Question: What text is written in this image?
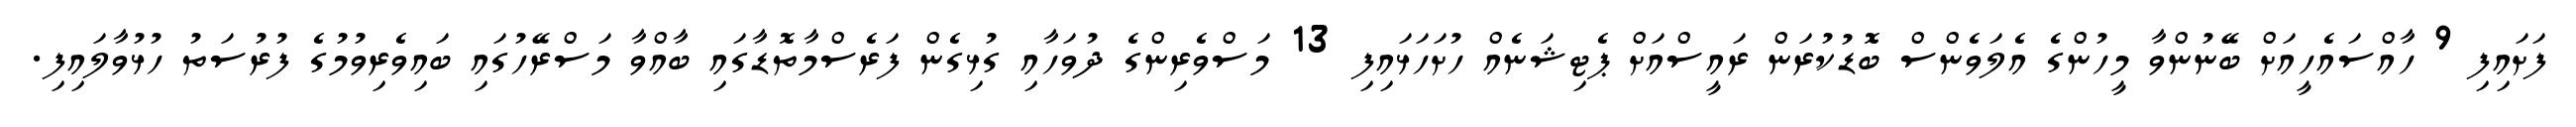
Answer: ފަށައިފި 9 ހާއްސައެހީއަށް ބޭނުންވާ މީހުންގެ އެލަވެންސް ބޮޑުކުރަން ރައީސްއަށް ޕެޓިޝަނެއް ހުށަހަޅައިފި 13 މަސްވެރިންގެ ދުވަހާއި ގުޅިގެން ފަރެސްމާތޮޑާގައި ބާއްވާ މަސްރޭހުގައި ބައިވެރިވުމުގެ ފުރުސަތު ހުޅުވާލައިފި.